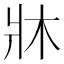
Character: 牀